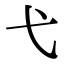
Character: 弋